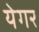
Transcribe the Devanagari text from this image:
येगर